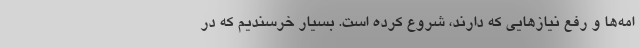
امه‌ها و رفع نیازهایی که دارند، شروع کرده است. بسیار خرسندیم که در